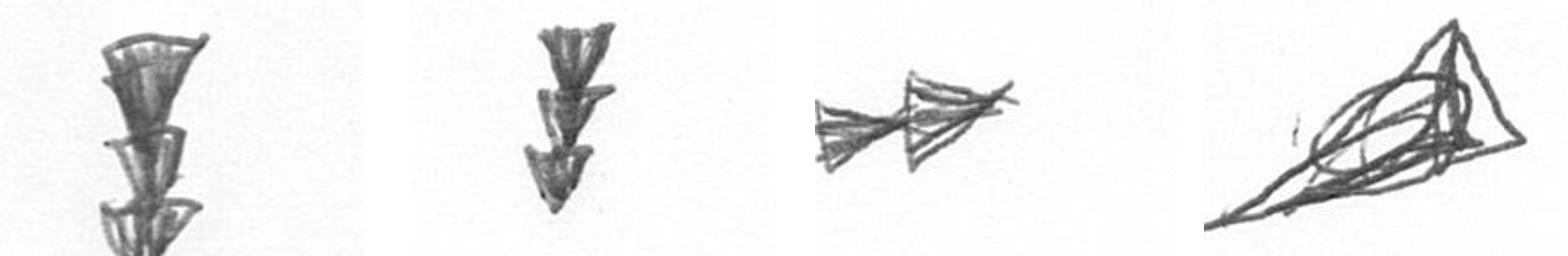
E E A O